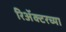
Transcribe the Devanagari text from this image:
रिॲक्टरच्या